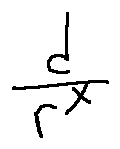
\frac { d } { r ^ { X } }